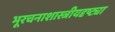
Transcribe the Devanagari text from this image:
भूरचनाशास्त्रीयदृष्ट्या